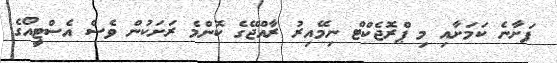
ފަށާނެ ކަމަށާއި މި ޕްރޮޖެކްޓް ނިމޭއިރު ރާއްޖޭގެ ކޮންމެ ރަށަކުން ވެސް އެސްޓީއޯގެ